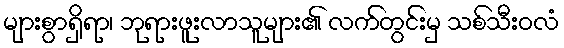
များစွာရှိရာ၊ ဘုရားဖူးလာသူများ၏ လက်တွင်းမှ သစ်သီးဝလံ